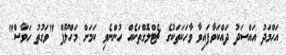
އަހްމަދު އައްސަދު ދައްކަވާފައިވާ ވާހަކަތަކުގެ ޗެޓްލޮގްތަކެއް ހުންނެވި ކަމަށް މަހްލޫފް "ވަގުތު ހަވާސް"